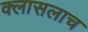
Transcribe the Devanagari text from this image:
क्लासलाच